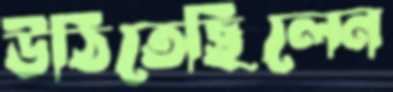
উঠিতেছিলেন